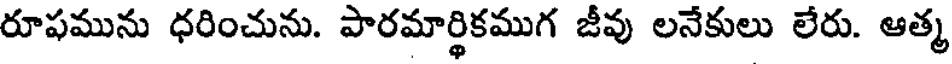
రూపమును ధరించును. పారమార్థికముగ జీవు లనేకులు లేరు. ఆత్మ